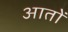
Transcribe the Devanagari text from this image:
आतों